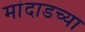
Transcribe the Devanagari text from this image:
मांदाडच्या